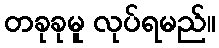
တခုခုမူ လုပ်ရမည်။